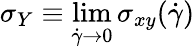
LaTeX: \sigma_{Y}\equiv\operatorname*{lim}_{\dot{\gamma}\to 0}\sigma_{xy}(\dot{\gamma})